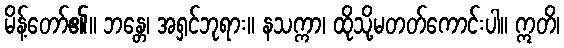
မိန့်တော်၏။ ဘန္တေ၊ အရှင်ဘုရား။ နသက္ကာ၊ ထိုသို့မတတ်ကောင်းပါ။ ဣတိ၊